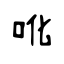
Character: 吪